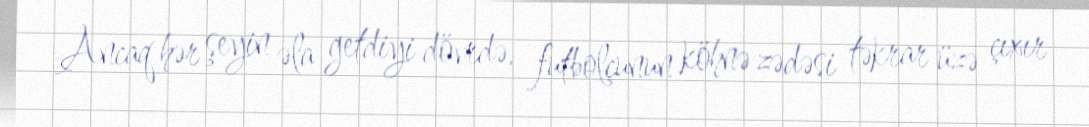
Ancaq hər şeyin əla getdiyi dövrdə, futbolçunun köhnə zədəsi təkrar üzə çıxır